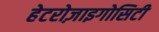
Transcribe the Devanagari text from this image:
हेटरोज़ाइगोसिटी